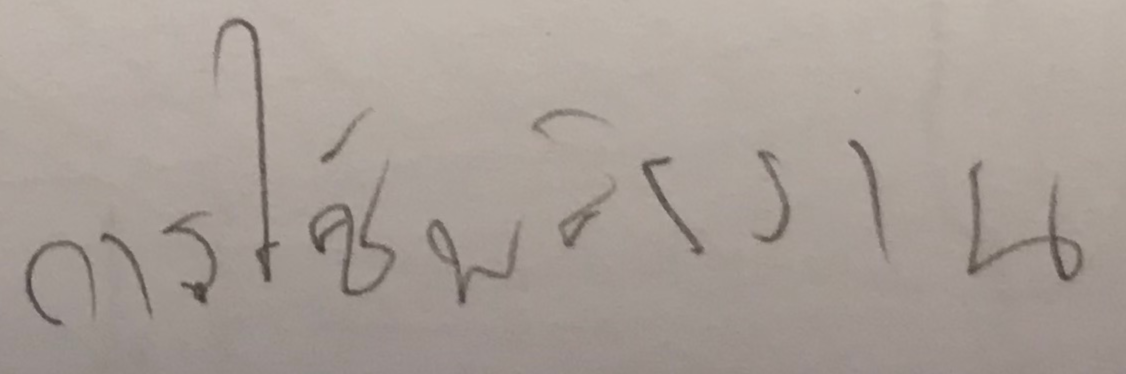
การใช้พลังงาน